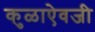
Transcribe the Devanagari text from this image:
कुळाऐवजी